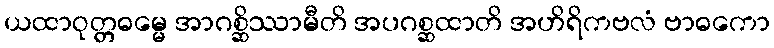
ယထာဝုတ္တဓမ္မေ အာဂစ္ဆိဿာမီတိ အပဂစ္ဆထာတိ အဟိရိကဗလံ ဗာဓကော